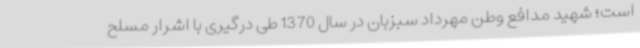
است؛ شهید مدافع وطن مهرداد سبزبان در سال 1370 طی درگیری با اشرار مسلح